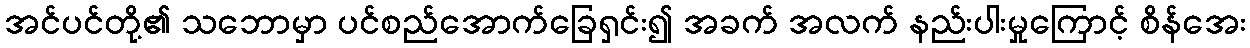
အင်ပင်တို့၏ သဘောမှာ ပင်စည်အောက်ခြေရှင်း၍ အခက် အလက် နည်းပါးမှုကြောင့် စိန်အေး